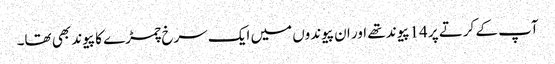
آپ کے کرتے پر 14پیوند تھے اور ان پیوندوں میں ایک سرخ چمڑے کا پیوند بھی تھا۔